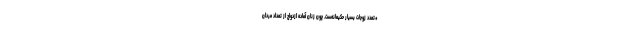
*تعدد زوجات بسیار حکیمانه‌ست. چون زنان آماده‌ ازدواج از تعداد مردان